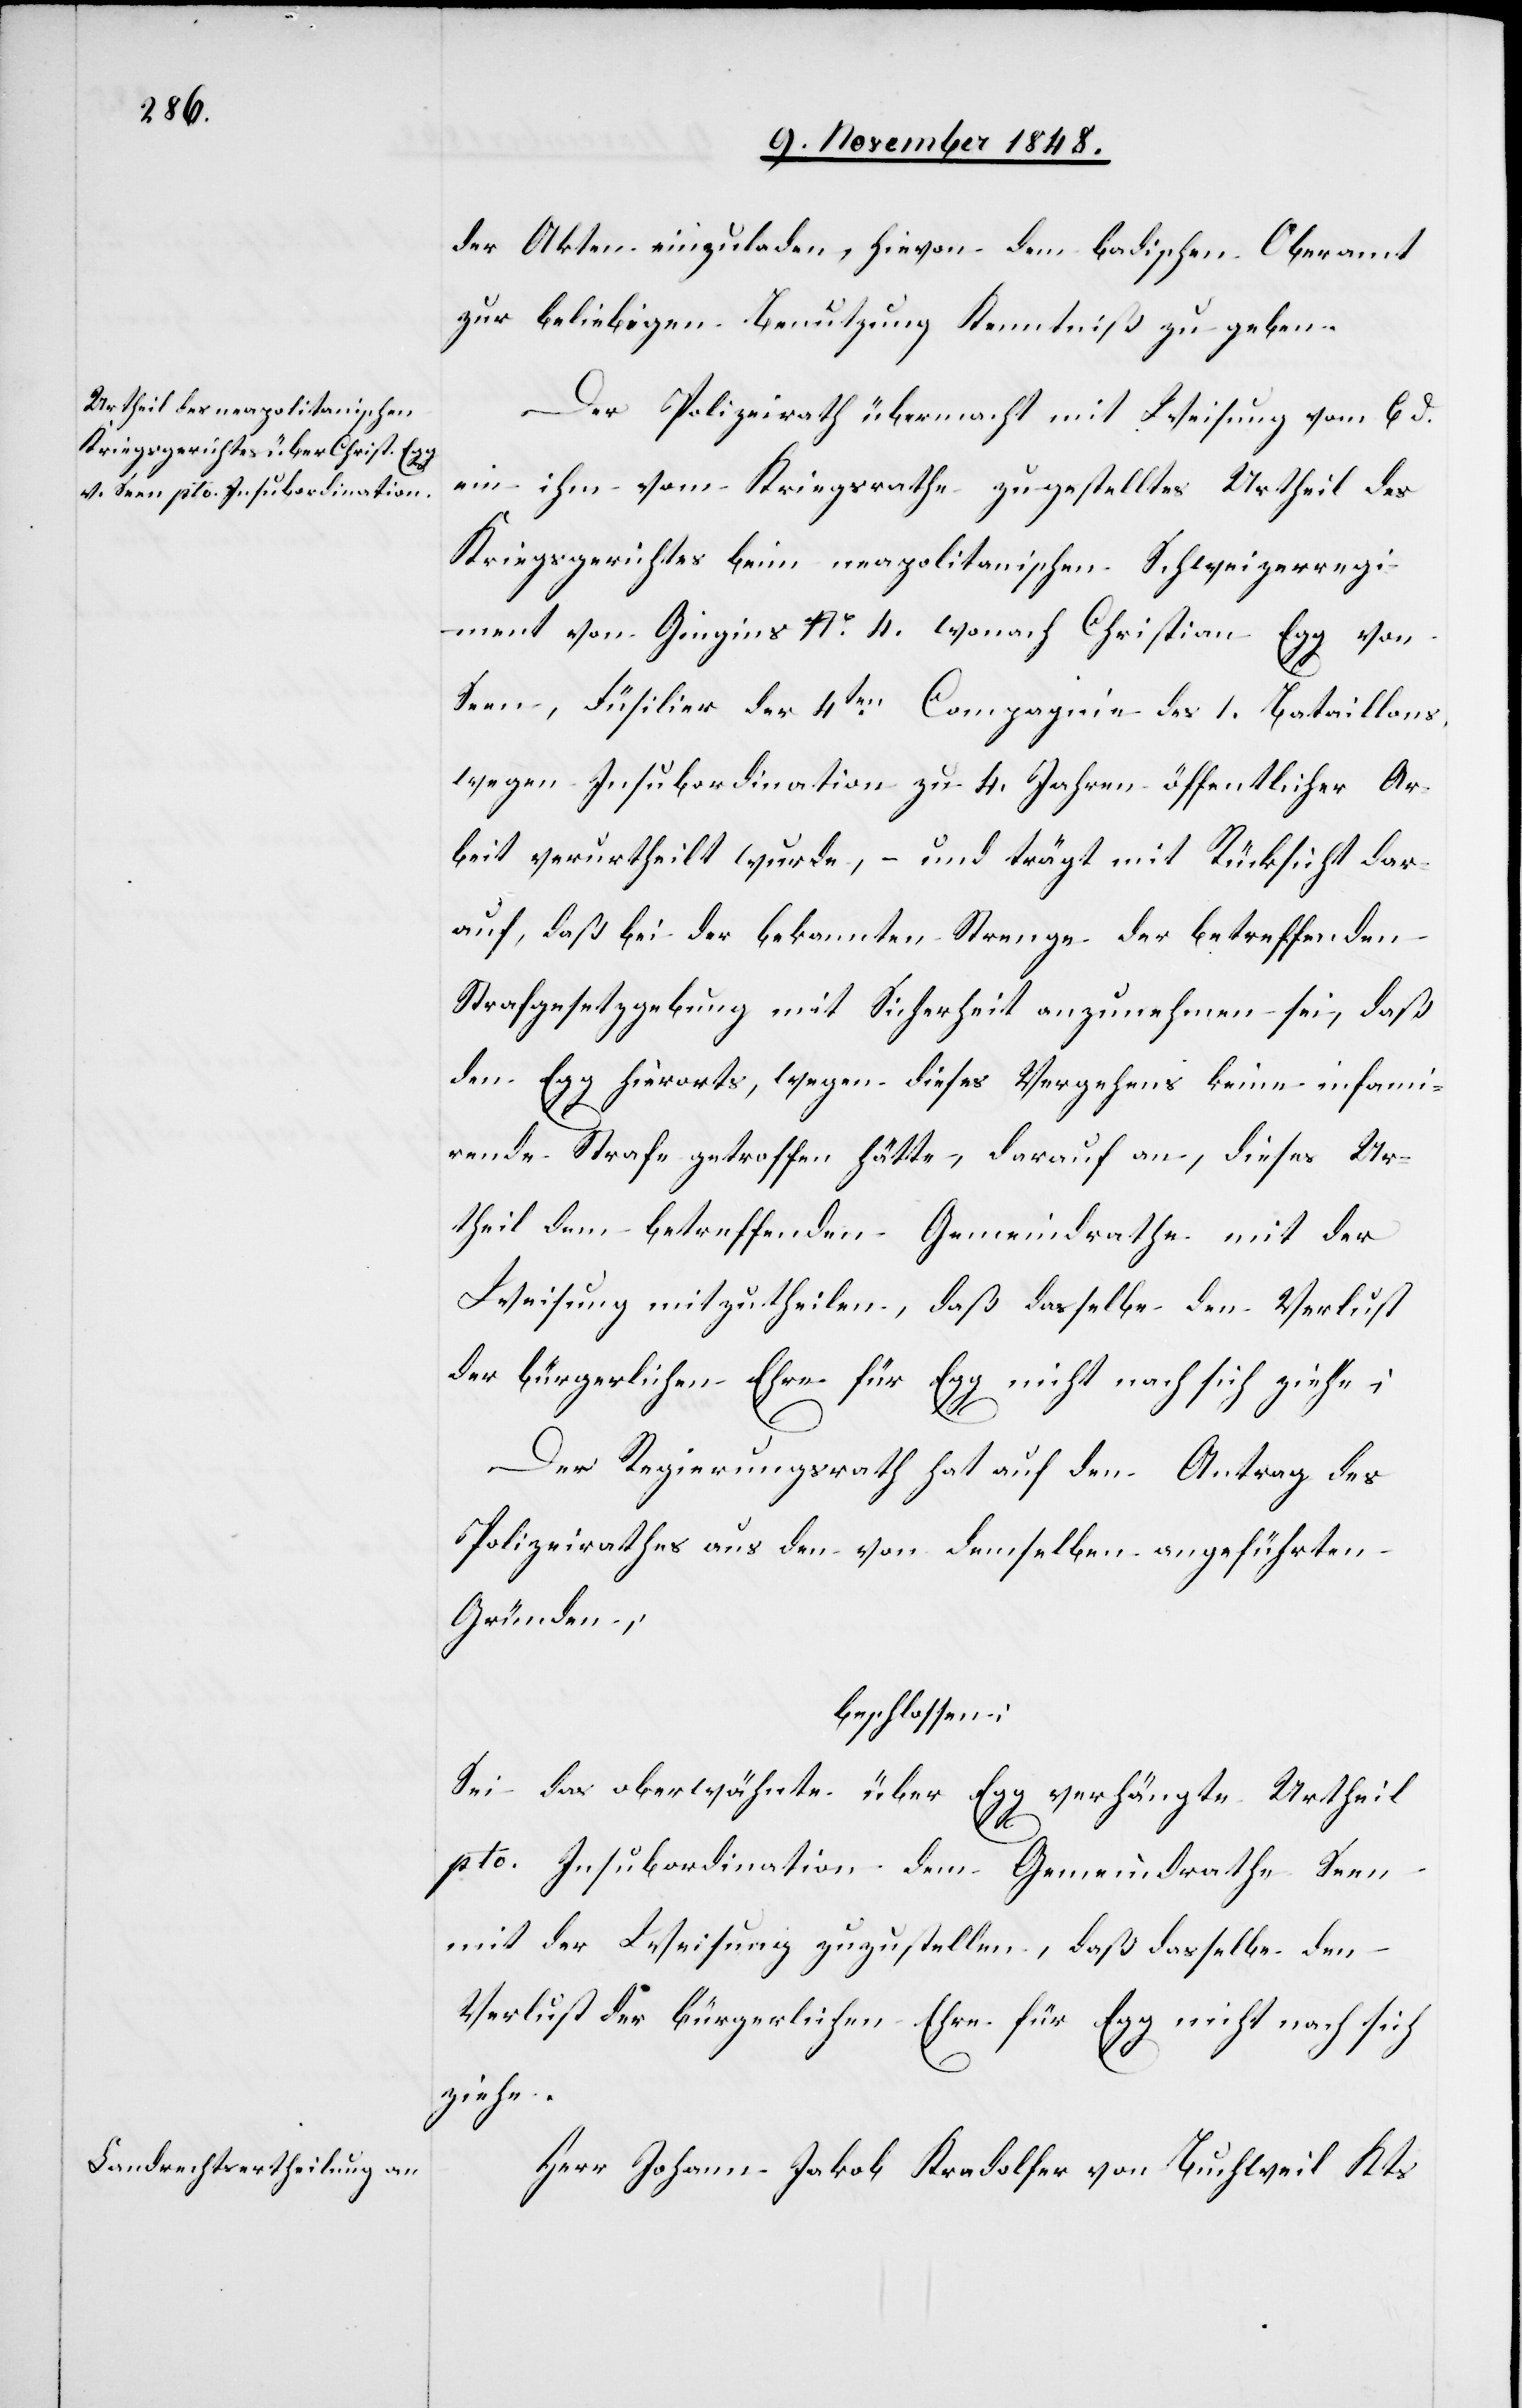
der Akten einzuladen, hievon dem badischen Oberamt
zur beliebigen Benutzung Kenntniß zu geben.
Der Polizeirath übermacht mit Weisung vom 6. d.
ein ihm vom Kriegsrathe zugestelltes Urtheil des
Kriegsgerichtes beim neapolitanischen Schweizerregi¬
ment von Gingins No 4. wonach Christian Egg von
Seen, Füsilier der 4ten Compagnie des 1. Bataillons,
wegen Insubordination zu 4. Jahren öffentlicher Ar¬
beit verurtheilt wurde, – und trägt mit Rücksicht dar¬
auf, daß bei der bekannten Strenge der betreffenden
Strafgesetzgebung mit Sicherheit anzunehmen sei, daß
den Egg hierorts, wegen dieses Vergehens keine infami¬
rende Strafe getroffen hätte, darauf an, dieses Ur¬
theil dem betreffenden Gemeindrathe mit der
Weisung mitzutheilen, daß dasselbe den Verlust
der bürgerlichen Ehre für Egg nicht nach sich ziehe;
Der Regierungsrath hat auf den Antrag des
Polizeirathes aus den von demselben angeführten
Gründen;
beschlossen:
Sei das oberwähnte über Egg verhängte Urtheil
pto. Insubordination dem Gemeindrathe Seen
mit der Weisung zuzustellen, daß dasselbe den
Verlust der bürgerlichen Ehre für Egg nicht nach sich
ziehe.
Herr Johann Kradolfer von Buchweil Kts.